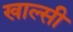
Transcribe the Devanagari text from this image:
खाल्सी